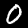
Digit: 0